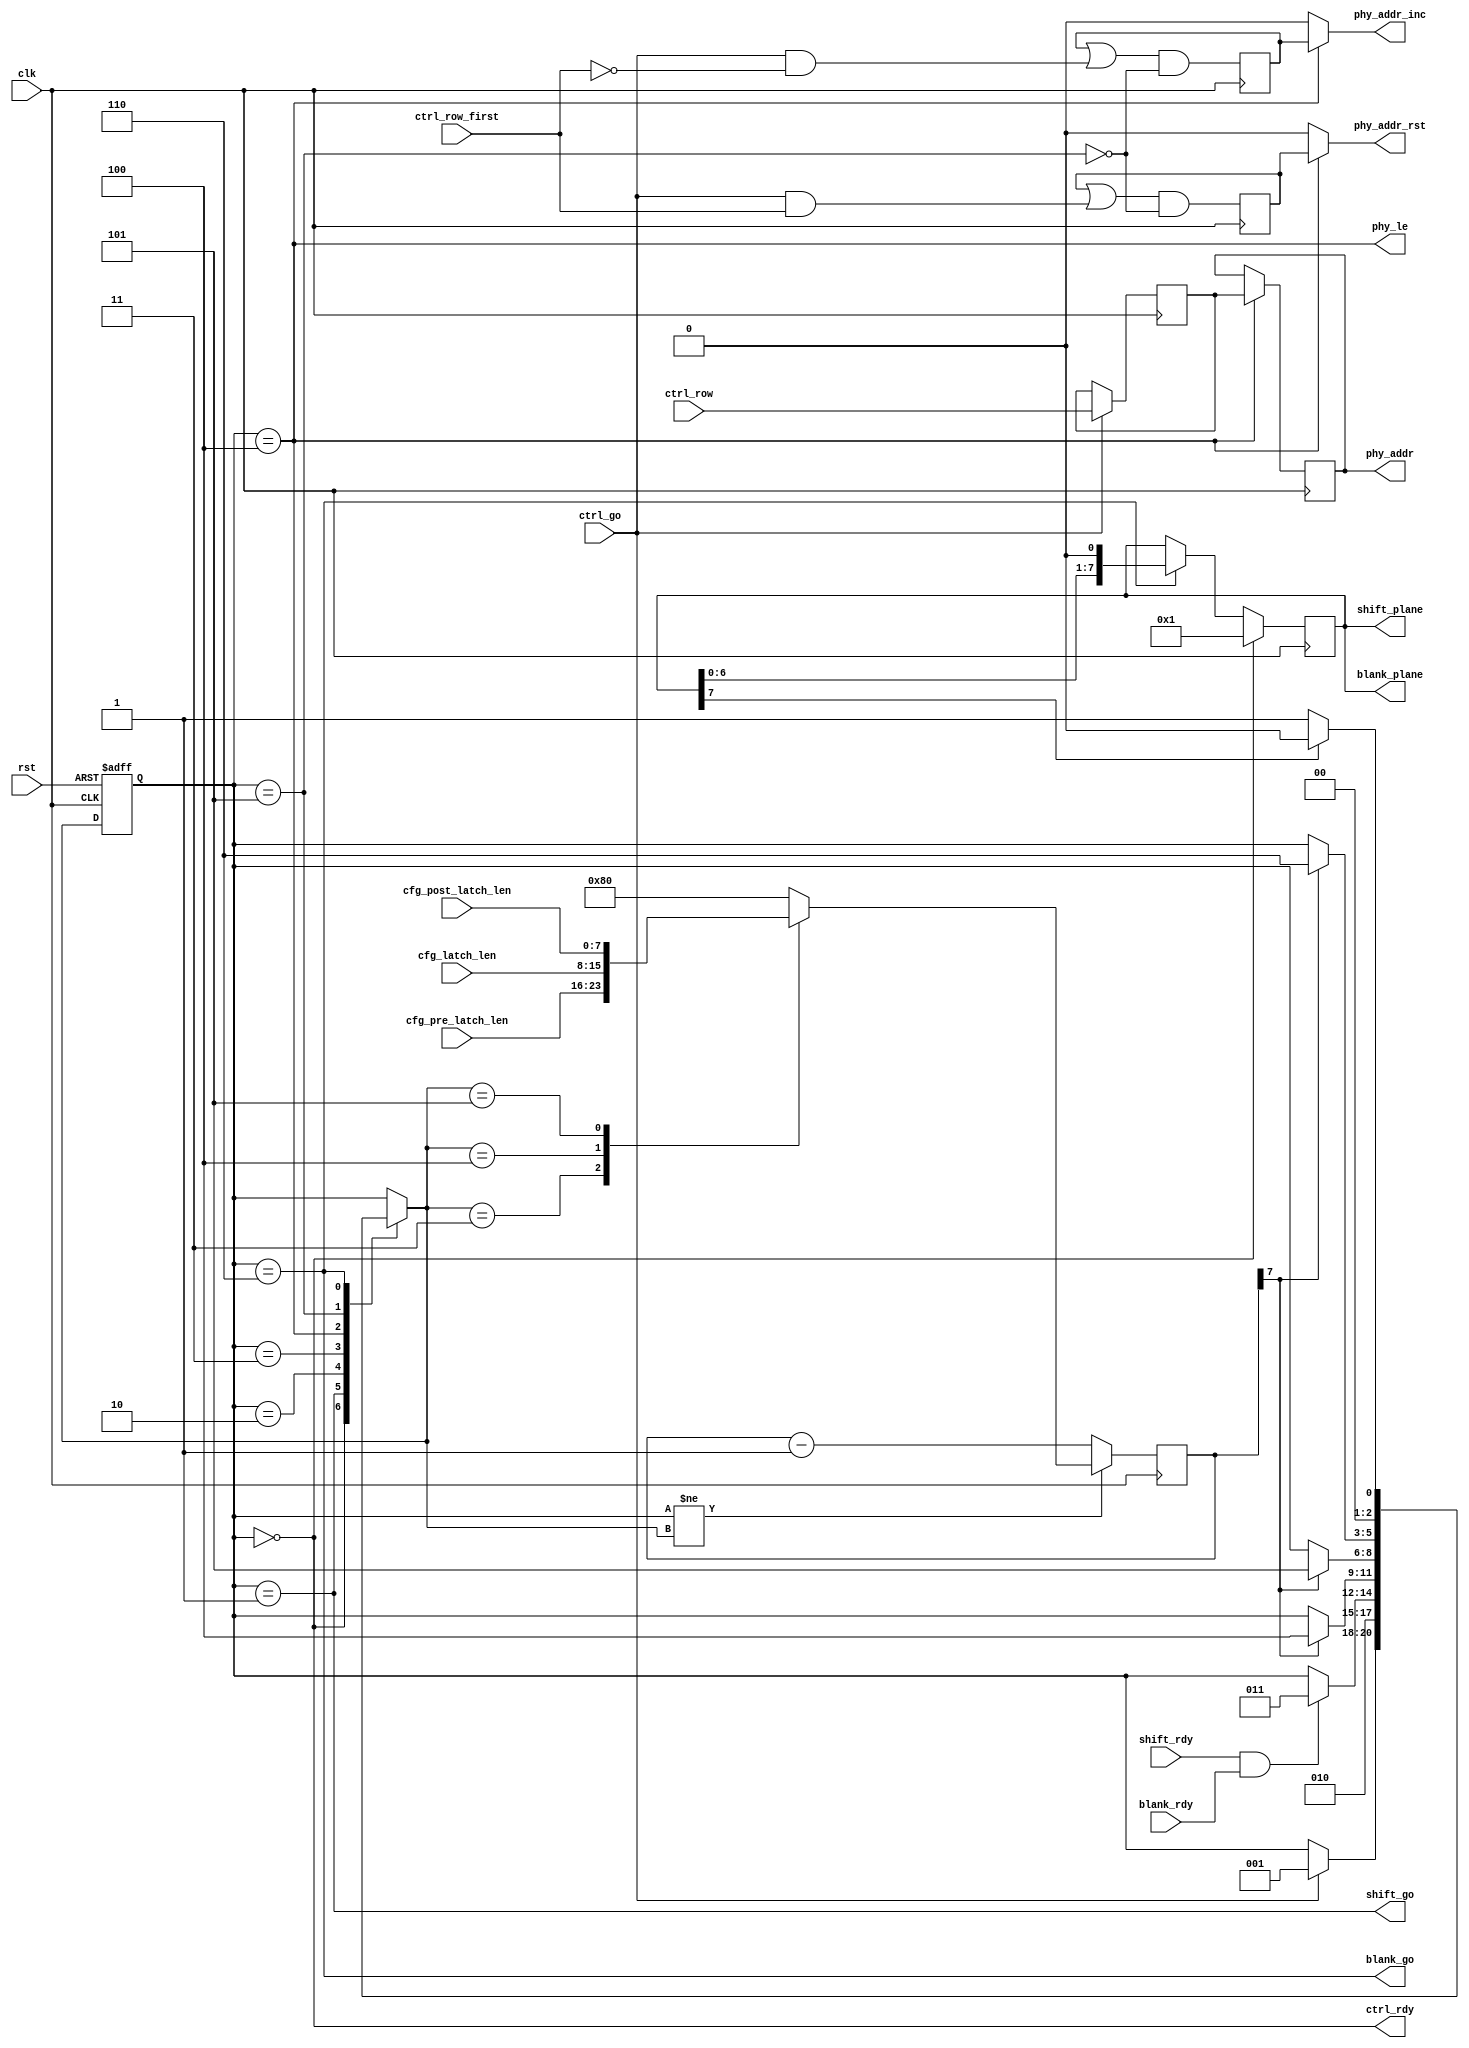
/*
 * hub75_bcm.v
 *
 * vim: ts=4 sw=4
 *
 * Copyright (C) 2019  Sylvain Munaut <tnt@246tNt.com>
 * All rights reserved.
 *
 * LGPL v3+, see LICENSE.lgpl3
 *
 * This program is free software; you can redistribute it and/or
 * modify it under the terms of the GNU Lesser General Public
 * License as published by the Free Software Foundation; either
 * version 3 of the License, or (at your option) any later version.
 *
 * This program is distributed in the hope that it will be useful,
 * but WITHOUT ANY WARRANTY; without even the implied warranty of
 * MERCHANTABILITY or FITNESS FOR A PARTICULAR PURPOSE.  See the GNU
 * Lesser General Public License for more details.
 *
 * You should have received a copy of the GNU Lesser General Public License
 * along with this program; if not, write to the Free Software Foundation,
 * Inc., 51 Franklin Street, Fifth Floor, Boston, MA 02110-1301, USA.
 */

`default_nettype none

module hub75_bcm #(
	parameter integer N_ROWS   = 32,
	parameter integer N_PLANES = 8,

	// Auto-set
	parameter integer LOG_N_ROWS  = $clog2(N_ROWS)
)(
	// PHY
	output wire phy_addr_inc,
	output wire phy_addr_rst,
	output wire [LOG_N_ROWS-1:0] phy_addr,
	output wire phy_le,

	// Shifter interface
	output wire [N_PLANES-1:0] shift_plane,
	output wire shift_go,
	input  wire shift_rdy,

	// Blanking interface
	output wire [N_PLANES-1:0] blank_plane,
	output wire blank_go,
	input  wire blank_rdy,

	// Control
	input  wire [LOG_N_ROWS-1:0] ctrl_row,
	input  wire ctrl_row_first,
	input  wire ctrl_go,
	output wire ctrl_rdy,

	// Config
	input  wire [7:0] cfg_pre_latch_len,
	input  wire [7:0] cfg_latch_len,
	input  wire [7:0] cfg_post_latch_len,

	// Clock / Reset
	input  wire clk,
	input  wire rst
);

	genvar i;

	// Signals
	// -------

	// FSM
	localparam
		ST_IDLE				= 0,
		ST_SHIFT			= 1,
		ST_WAIT_TO_LATCH	= 2,
		ST_PRE_LATCH		= 3,
		ST_DO_LATCH			= 4,
		ST_POST_LATCH		= 5,
		ST_ISSUE_BLANK		= 6;

	reg  [2:0] fsm_state;
	reg  [2:0] fsm_state_next;

	reg  [7:0] timer_val;
	wire timer_trig;

	reg  [N_PLANES-1:0] plane;
	wire plane_last;

	reg  [LOG_N_ROWS-1:0] addr;
	reg  [LOG_N_ROWS-1:0] addr_out;
	reg  addr_do_inc;
	reg  addr_do_rst;
	wire le;


	// FSM
	// ---

	// State register
	always @(posedge clk or posedge rst)
		if (rst)
			fsm_state <= ST_IDLE;
		else
			fsm_state <= fsm_state_next;

	// Next-State logic
	always @(*)
	begin
		// Default is to not move
		fsm_state_next = fsm_state;

		// Transitions ?
		case (fsm_state)
			ST_IDLE:
				if (ctrl_go)
					fsm_state_next = ST_SHIFT;

			ST_SHIFT:
				fsm_state_next = ST_WAIT_TO_LATCH;

			ST_WAIT_TO_LATCH:
				if (shift_rdy & blank_rdy)
					fsm_state_next = ST_PRE_LATCH;

			ST_PRE_LATCH:
				if (timer_trig)
					fsm_state_next = ST_DO_LATCH;

			ST_DO_LATCH:
				if (timer_trig)
					fsm_state_next = ST_POST_LATCH;

			ST_POST_LATCH:
				if (timer_trig)
					fsm_state_next = ST_ISSUE_BLANK;

			ST_ISSUE_BLANK:
				fsm_state_next = plane_last ? ST_IDLE : ST_SHIFT;
		endcase
	end


	// Timer
	// -----

	always @(posedge clk)
	begin
		if (fsm_state != fsm_state_next) begin
			// Default is to trigger all the time
			timer_val <= 8'h80;

			// Preload for next state
			case (fsm_state_next)
				ST_PRE_LATCH:	timer_val <= cfg_pre_latch_len;
				ST_DO_LATCH:	timer_val <= cfg_latch_len;
				ST_POST_LATCH:	timer_val <= cfg_post_latch_len;
			endcase
		end else begin
			timer_val <= timer_val - 1;
		end
	end

	assign timer_trig = timer_val[7];


	// Plane counter
	// -------------

	always @(posedge clk)
		if (fsm_state == ST_IDLE)
			plane <= { {(N_PLANES-1){1'b0}}, 1'b1 };
		else if (fsm_state == ST_ISSUE_BLANK)
			plane <= { plane[N_PLANES-2:0], 1'b0 };

	assign plane_last = plane[N_PLANES-1];


	// External Control
	// ----------------

	// Shifter
	assign shift_plane = plane;
	assign shift_go = (fsm_state == ST_SHIFT);

	// Blanking
	assign blank_plane = plane;
	assign blank_go = (fsm_state == ST_ISSUE_BLANK);

	// Address
	always @(posedge clk)
		if (ctrl_go)
			addr <= ctrl_row;

	always @(posedge clk)
	begin
		addr_do_inc <= (addr_do_inc | (ctrl_go & ~ctrl_row_first)) & ~(fsm_state == ST_POST_LATCH);
		addr_do_rst <= (addr_do_rst | (ctrl_go &  ctrl_row_first)) & ~(fsm_state == ST_POST_LATCH);
	end

	always @(posedge clk)
		if (fsm_state == ST_DO_LATCH)
			addr_out <= addr;

	// Latch
	assign le = (fsm_state == ST_DO_LATCH);

	// Ready ?
	assign ctrl_rdy = (fsm_state == ST_IDLE);


	// PHY
	// ---

	assign phy_addr = addr_out;
	assign phy_le = le;

	assign phy_addr_inc = (fsm_state == ST_DO_LATCH) ? addr_do_inc : 1'b0;
	assign phy_addr_rst = (fsm_state == ST_DO_LATCH) ? addr_do_rst : 1'b0;

endmodule // hub75_bcm